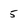
Character: 5